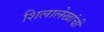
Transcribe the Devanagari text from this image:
शिलालेखांची